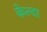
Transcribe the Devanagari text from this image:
केल्दा